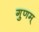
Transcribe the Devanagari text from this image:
गुणम्